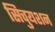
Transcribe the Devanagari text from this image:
सिचुयशन